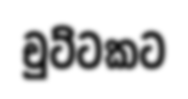
චුට්ටකට